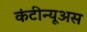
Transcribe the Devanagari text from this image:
कंटीन्यूअस